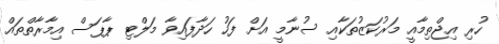
ހުރި އިޖްތިމާއީ މަރުކަޒުތަކާއި ސުނާމީ އަށް ފަހު ހަދާފައިވާ މަލްޓި ޕާޕަސް އިމާރާތްތައް